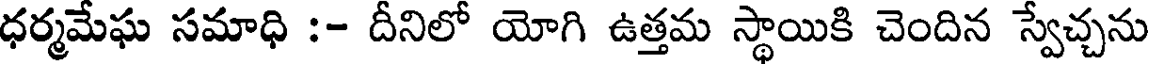
ధర్మమేఘ సమాధి :- దీనిలో యోగి ఉత్తమ స్థాయికి చెందిన స్వేచ్చను